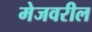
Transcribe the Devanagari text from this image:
मेजवरील